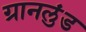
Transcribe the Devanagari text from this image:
ग्रानलुंड